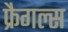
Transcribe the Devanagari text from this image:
फ्रैगल्स